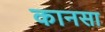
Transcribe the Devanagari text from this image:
कानसा